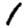
Digit: 1